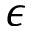
\epsilon